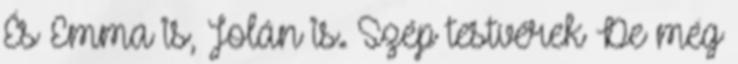
És Emma is, Jolán is. Szép testvérek De még